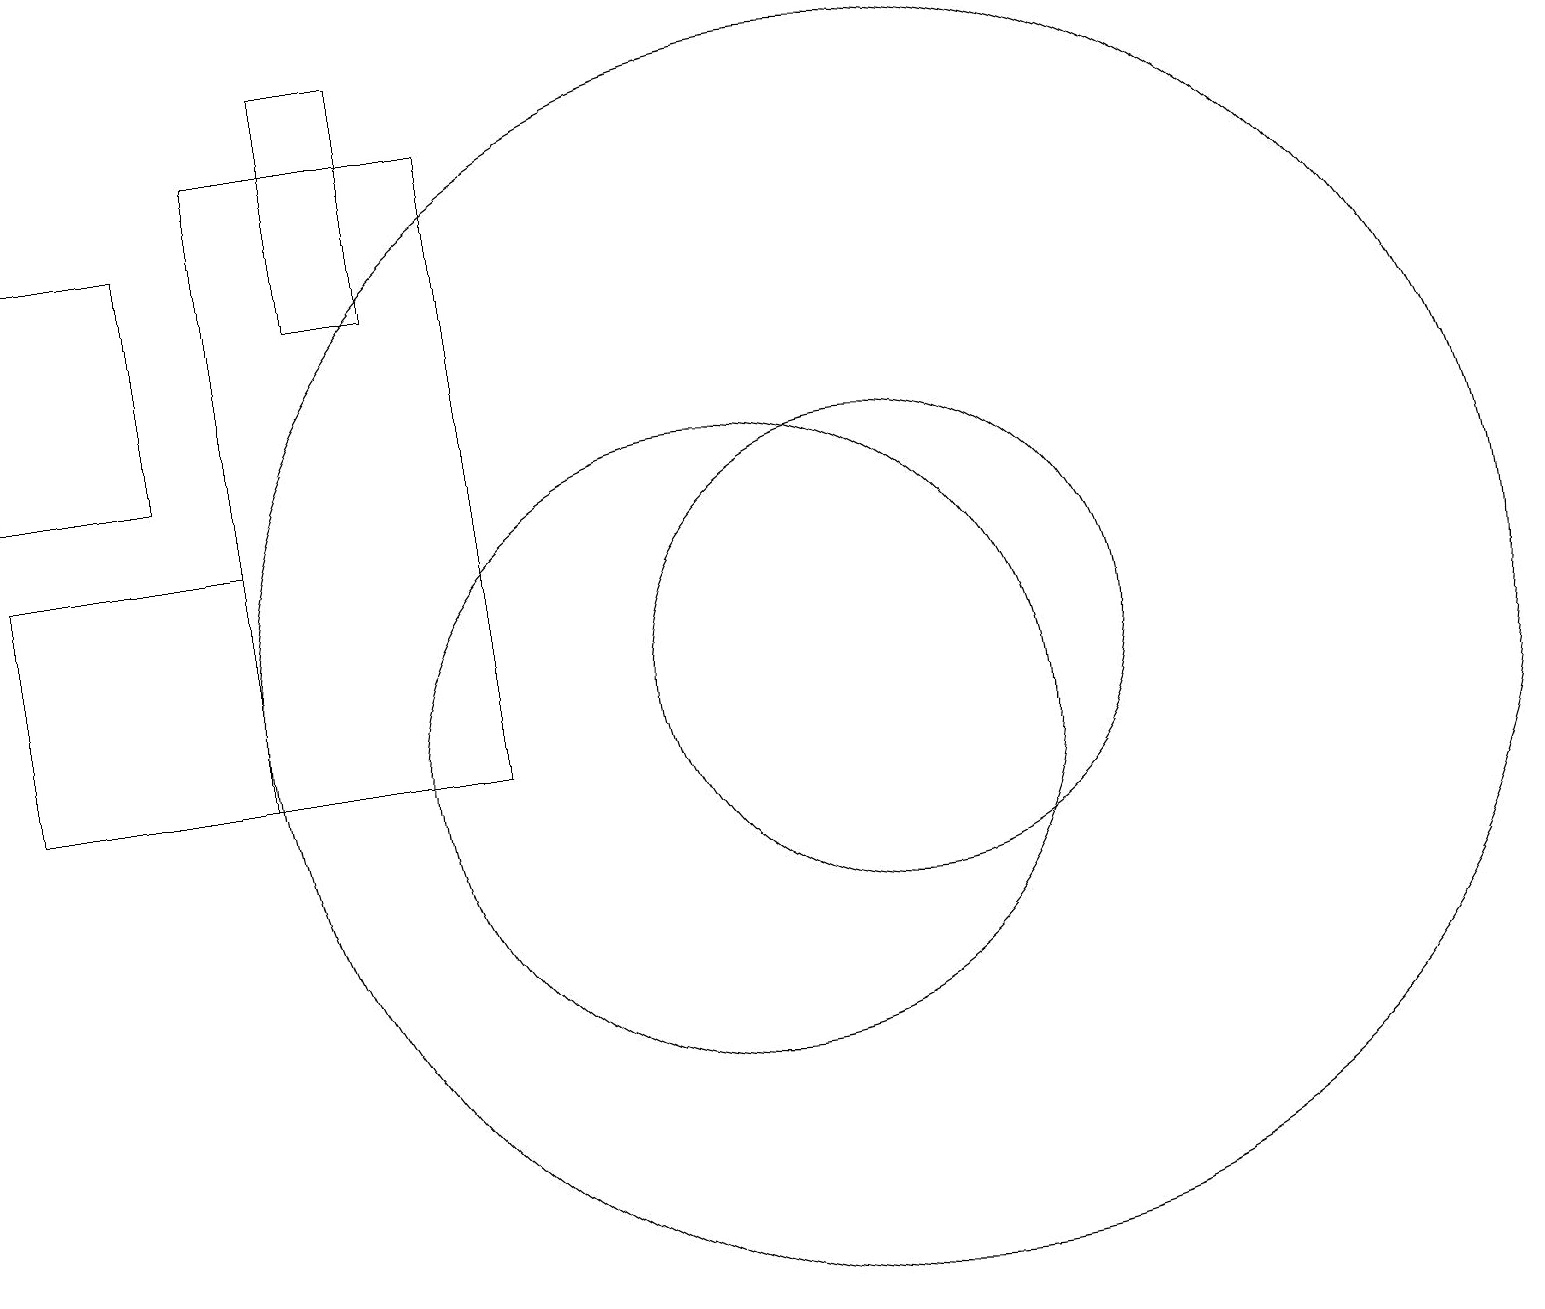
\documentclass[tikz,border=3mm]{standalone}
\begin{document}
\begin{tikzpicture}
\draw (4,10) rectangle (1,13);
\draw (10,10) circle (4);
\draw (12,11) circle (8);
\draw (5,16) rectangle (6,19);
\draw (1,17) rectangle (3,14);
\draw (12,11) circle (3);
\draw (4,18) rectangle (7,10);
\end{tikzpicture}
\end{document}